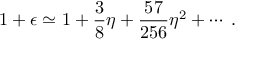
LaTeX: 1 + \epsilon \simeq 1 + \frac { 3 } { 8 } \eta + \frac { 5 7 } { 2 5 6 } \eta ^ { 2 } + \cdots \; .